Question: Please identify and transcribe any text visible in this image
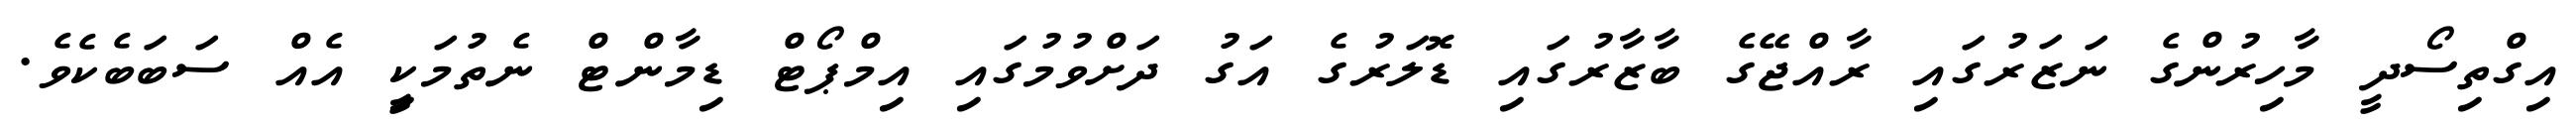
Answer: އިގްތިސޯދީ މާހިރުންގެ ނަޒަރުގައި ރާއްޖޭގެ ބާޒާރުގައި ޑޮލަރުގެ އަގު ދަށްވުމުގައި އިމްޕޯޓް ޑިމާންޓް ނެތުމަކިީ އެއް ސަބަބެކެވެ.